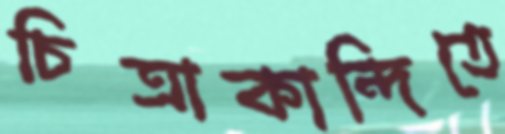
চিত্রাকান্দিতে